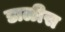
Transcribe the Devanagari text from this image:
डाळीस